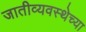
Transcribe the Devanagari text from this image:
जातीव्यवस्थेच्या